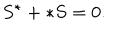
S ^ { \star } + \ast S = 0 .